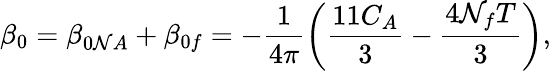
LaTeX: \beta_{0}=\beta_{0\mathcal{N}A}+\beta_{0f}=-\frac{{1}}{{4\pi}}\left(\frac{{11C_{A}}}{{3}}-\frac{{4\mathcal{N}_{f}T}}{{3}}\right),